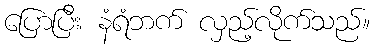
ပြောပြီး နံရံဘက် လှည့်လိုက်သည်။